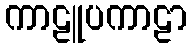
ကာဠူပကာဠာ